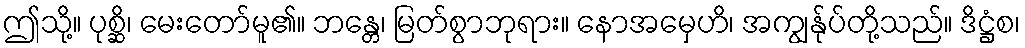
ဤသို့။ ပုစ္ဆိ၊ မေးတော်မူ၏။ ဘန္တေ၊ မြတ်စွာဘုရား။ နောအမှေဟိ၊ အကျွန်ုပ်တို့သည်။ ဒိဋ္ဌံစ၊